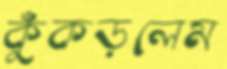
কুঁকড়লেম